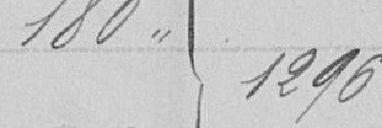
180   1296